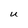
Character: U